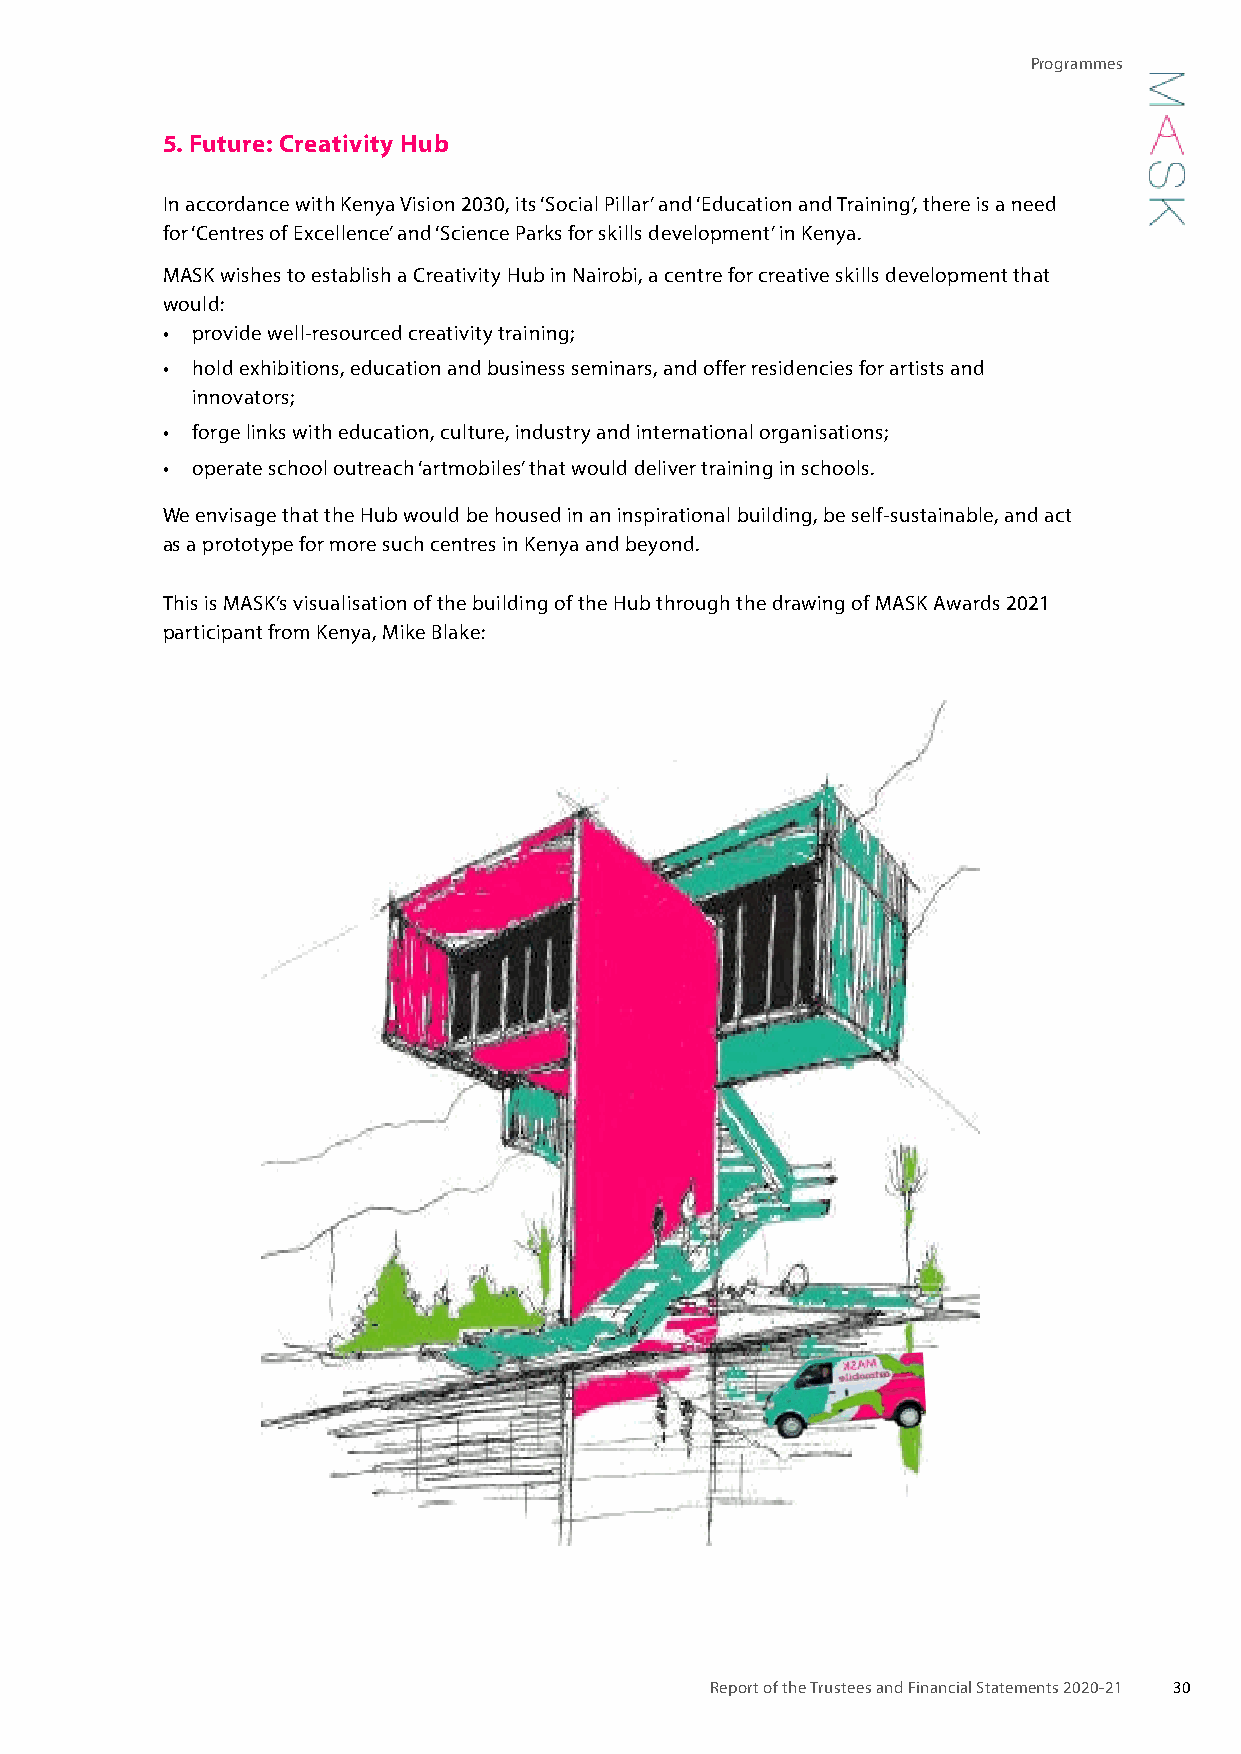
Programmes
 5. Future: Creativity Hub
 In accordance with Kenya Vision 2030, its ‘Social Pillar’ and ‘Education and Training’, there is a need
 for ‘Centres of Excellence’ and ‘Science Parks for skills development’ in Kenya.
 MASK wishes to establish a Creativity Hub in Nairobi, a centre for creative skills development that
 would:
 • provide well-resourced creativity training;
 • hold exhibitions, education and business seminars, and offer residencies for artists and
 innovators;
 • forge links with education, culture, industry and international organisations;
 • operate school outreach ‘artmobiles’ that would deliver training in schools.
 We envisage that the Hub would be housed in an inspirational building, be self-sustainable, and act
 as a prototype for more such centres in Kenya and beyond.
 This is MASK’s visualisation of the building of the Hub through the drawing of MASK Awards 2021
 participant from Kenya, Mike Blake:
 Report of the Trustees and Financial Statements 2020-21 30